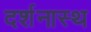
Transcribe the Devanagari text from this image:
दर्शनास्थ